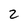
Character: 2